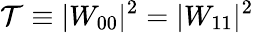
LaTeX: \mathcal{T}\equiv|W_{00}|^{2}=|W_{11}|^{2}